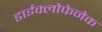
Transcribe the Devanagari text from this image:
डाईक्लोफेनेक